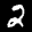
Label: 2